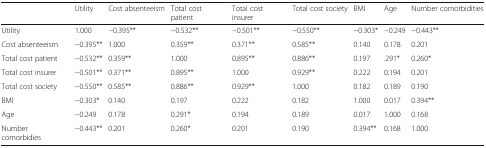
<table><thead><tr><td></td><td><b>Utility</b></td><td><b>Cost absenteeism</b></td><td><b>Total cost patient</b></td><td><b>Total cost insurer</b></td><td><b>Total cost society</b></td><td><b>BMI</b></td><td><b>Age</b></td><td><b>Number comorbidities</b></td></tr></thead><tbody><tr><td>Utility</td><td>1.000</td><td>−0.395**</td><td>−0.532**</td><td>−0.501**</td><td>−0.550**</td><td>−0.303*</td><td>−0.249</td><td>−0.443**</td></tr><tr><td>Cost absenteeism</td><td>−0.395**</td><td>1.000</td><td>0.359**</td><td>0.371**</td><td>0.585**</td><td>0.140</td><td>0.178</td><td>0.201</td></tr><tr><td>Total cost patient</td><td>−0.532**</td><td>0.359**</td><td>1.000</td><td>0.895**</td><td>0.886**</td><td>0.197</td><td>.291*</td><td>0.260*</td></tr><tr><td>Total cost insurer</td><td>−0.501**</td><td>0.371**</td><td>0.895**</td><td>1.000</td><td>0.929**</td><td>0.222</td><td>0.194</td><td>0.201</td></tr><tr><td>Total cost society</td><td>−0.550**</td><td>0.585**</td><td>0.886**</td><td>0.929**</td><td>1.000</td><td>0.182</td><td>0.189</td><td>0.190</td></tr><tr><td>BMI</td><td>−0.303*</td><td>0.140</td><td>0.197</td><td>0.222</td><td>0.182</td><td>1.000</td><td>0.017</td><td>0.394**</td></tr><tr><td>Age</td><td>−0.249</td><td>0.178</td><td>0.291*</td><td>0.194</td><td>0.189</td><td>0.017</td><td>1.000</td><td>0.168</td></tr><tr><td>Number comorbidies</td><td>−0.443**</td><td>0.201</td><td>0.260*</td><td>0.201</td><td>0.190</td><td>0.394**</td><td>0.168</td><td>1.000</td></tr></tbody></table>